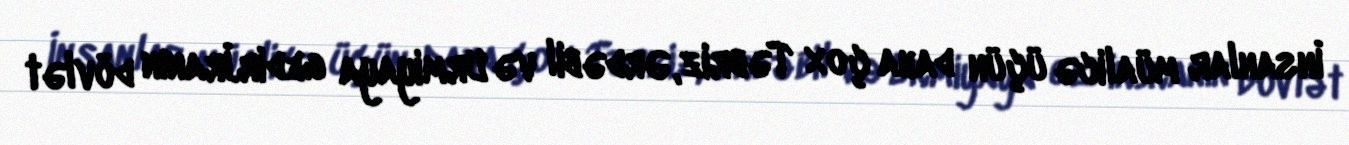
İnsanlar müalicə üçün daha çox Təbriz, Ərdəbil və Urmiyaya gedir.İranın dövlət